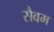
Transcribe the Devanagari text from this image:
सैवम